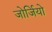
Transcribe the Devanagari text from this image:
जोर्जियो